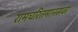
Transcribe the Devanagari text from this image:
रामचरितमानसवर